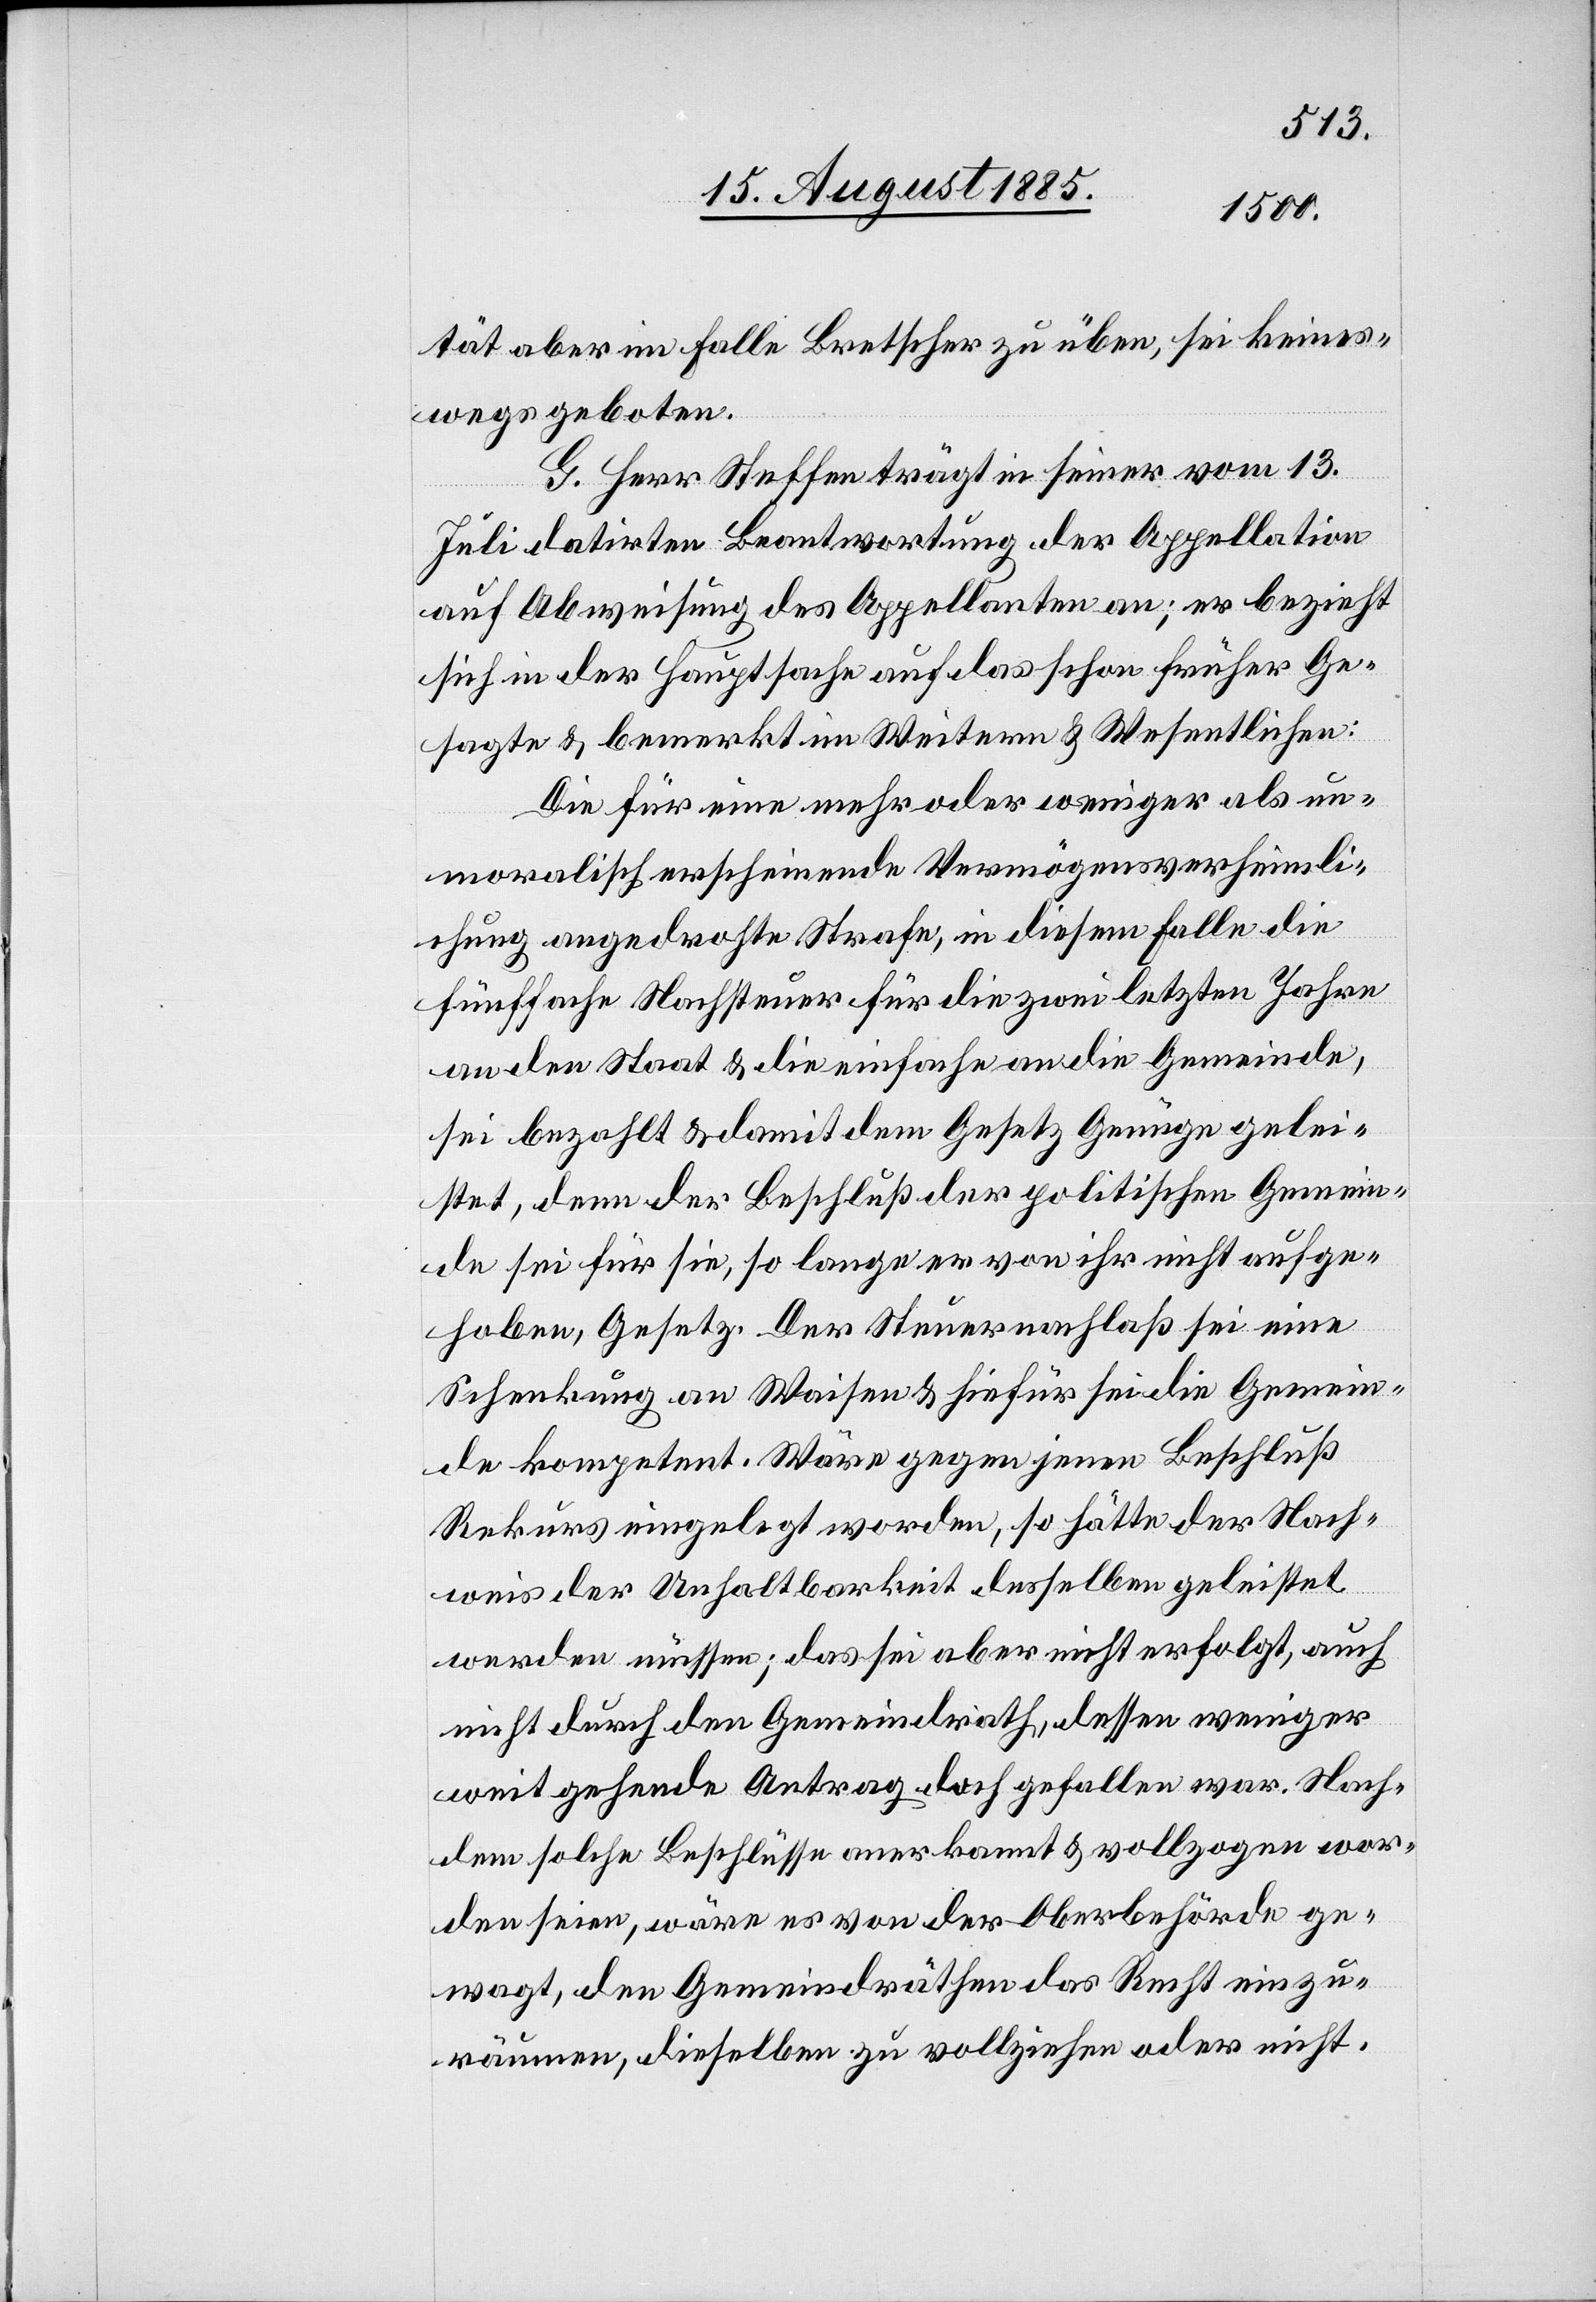
tät aber im Falle Bretscher zu üben, sei keines¬
wegs geboten.
G. Herr Steffen trägt in seiner vom 13.
Juli datirten Beantwortung der Appellation
auf Abweisung des Appellanten an; er bezieht
sich in der Hauptsache auf das schon früher Ge¬
sagte & bemerkt im Weitern & Wesentlichen:
Die für eine mehr oder weniger als un¬
moralisch erscheinende Vermögensverheimli¬
chung angedrohte Strafe, in diesem Falle die
fünffache Nachsteuer für die zwei letzten Jahre
an den Staat & die einfache an die Gemeinde,
sei bezahlt & damit dem Gesetz Genüge gelei¬
stet, denn der Beschluß der politischen Gemein¬
de sei für sie, so lange er von ihr nicht aufge¬
hoben, Gesetz. Der Steuernachlaß sei eine
Schenkung an Waisen & hiefür sei die Gemein¬
de kompetent. Wäre gegen jenen Beschluß
Rekurs eingelegt worden, so hätte der Nach¬
weis der Unhaltbarkeit desselben geleistet
werden müssen; das sei aber nicht erfolgt, auch
nicht durch den Gemeindrath, dessen weniger
weit gehende Antrag doch gefallen war. Nach¬
dem solche Beschlüsse anerkannt & vollzogen wor¬
den seien, wäre es von der Oberbehörde ge¬
wagt, den Gemeindräthen das Recht einzu¬
räumen, dieselben zu vollziehen oder nicht.